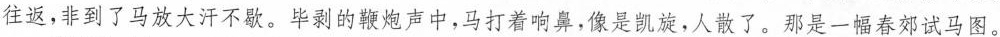
往返，非到了马放大汗不歇。毕剥的鞭炮声中，马打着响鼻，像是凯旋，人散了。那是一幅春郊试马图。